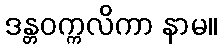
ဒန္တဝက္ကလိကာ နာမ။